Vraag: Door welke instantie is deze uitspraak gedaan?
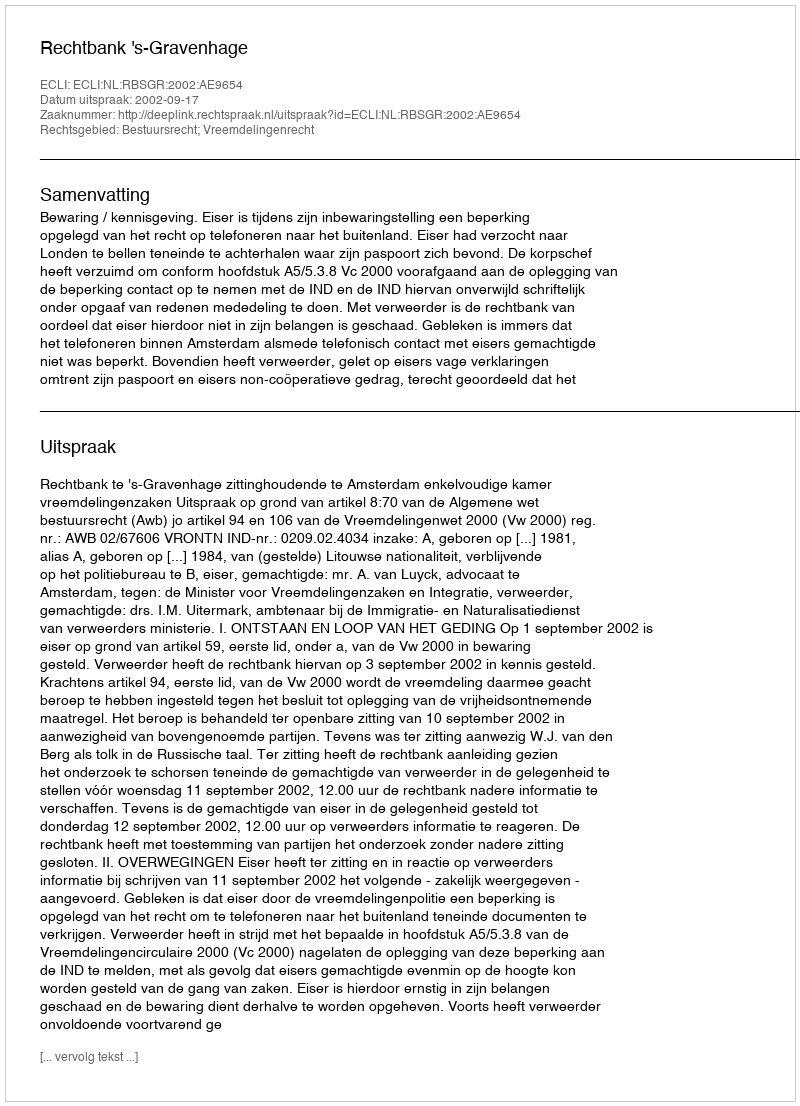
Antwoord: Rechtbank 's-Gravenhage